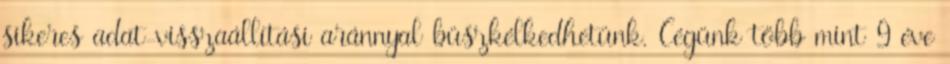
sikeres adat-visszaállítási aránnyal büszkélkedhetünk. Cégünk több mint 9 éve